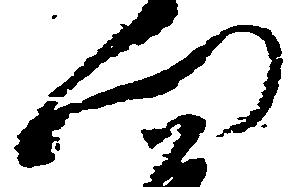
門